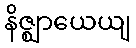
နိဇ္ဈာယေယျ